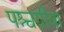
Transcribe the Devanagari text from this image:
पश्चग्रीवा